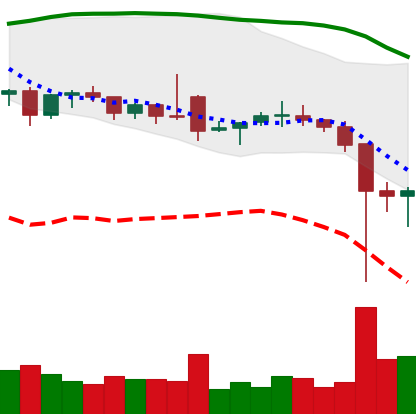
Ticker: ETC-USD
Chart end date: 2021-12-06
Forward return: -3.634%
Label: down_3_5